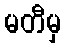
မတီမှ